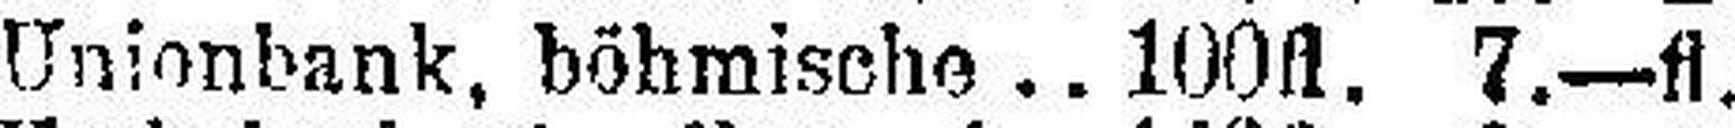
Unionbank, böhmische 100fl. 7.—fl.